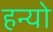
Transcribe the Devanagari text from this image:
हन्‍यो